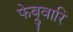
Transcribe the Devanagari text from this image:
फेब्रुवारि